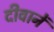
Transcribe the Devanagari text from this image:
दीवानें